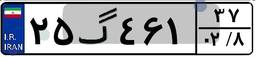
۲۵گ۴۶۱۳۷